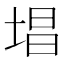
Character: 𪣧